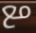
مع